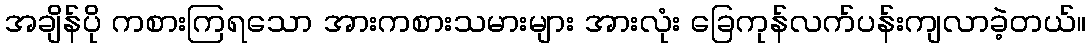
အချိန်ပို ကစားကြရသော အားကစားသမားများ အားလုံး ခြေကုန်လက်ပန်းကျလာခဲ့တယ်။